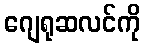
ဂျေရုဆလင်ကို